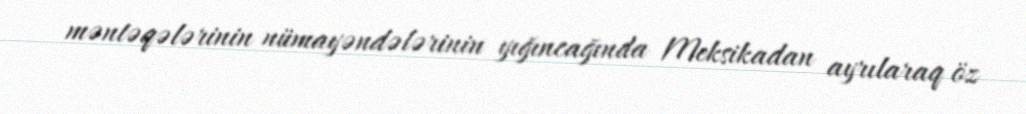
məntəqələrinin nümayəndələrinin yığıncağında Meksikadan ayrılaraq öz